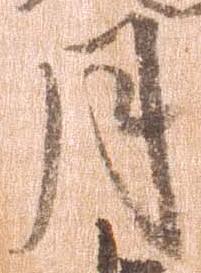
月